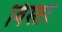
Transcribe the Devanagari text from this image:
विस्तरं